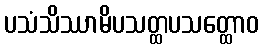
ပသံသိဿာမိပသတ္ထပသတ္ထောဝ